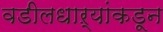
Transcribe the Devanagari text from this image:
वडीलधाऱ्यांकडून